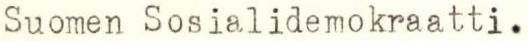
Suomen Sosialidemokraatti.